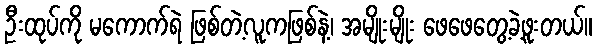
ဦးထုပ်ကို မကောက်ရဲ ဖြစ်တဲ့လူကဖြစ်နဲ့၊ အမျိုးမျိုး ဖေဖေတွေ့ခဲ့ဖူးတယ်။